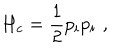
H _ { c } = { \frac { 1 } { 2 } } p _ { i } p _ { i } \, \, ,